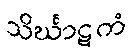
သိင်္ဃာဋကံ